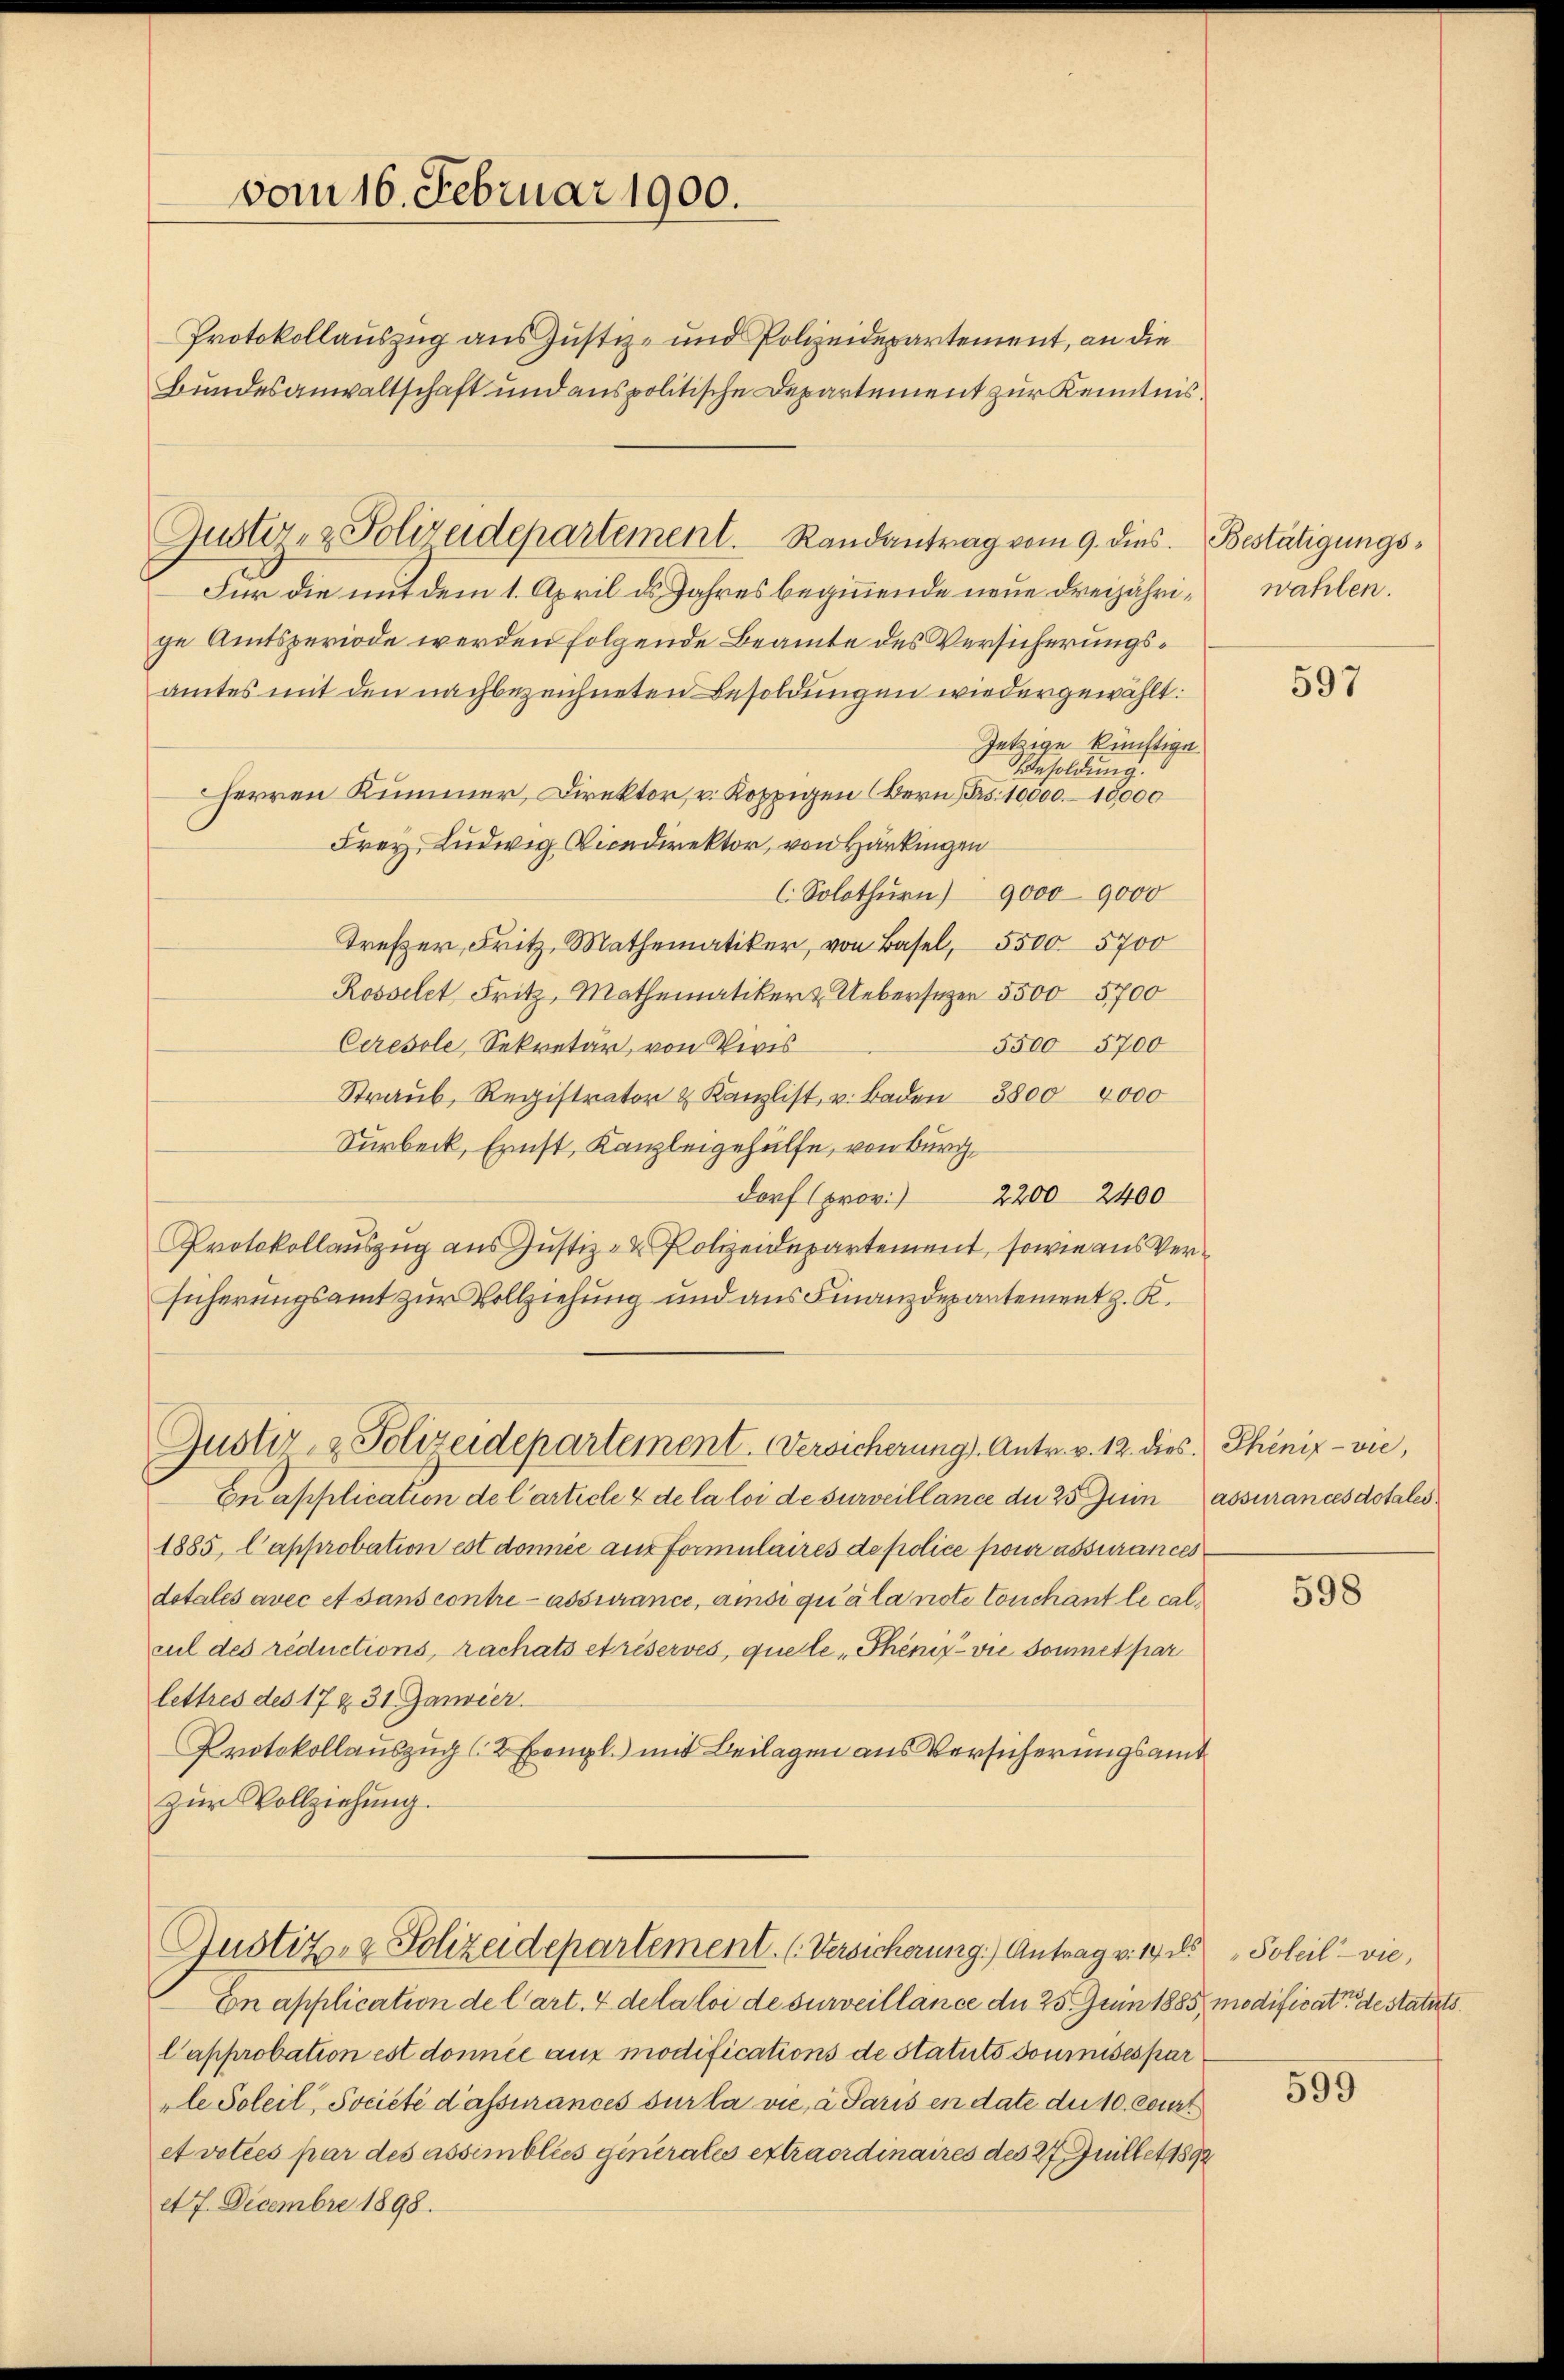
vom 16. Februar 1900.
Protokollauszug aus Justiz- und Polizeidepartement, an die
Bundesanwaltschaft und aus politische Departement zur Kenntnis¬

Für die mit dem 1. April es Jahres beginnende neue dreijährige Amtsperiode werden folgende Beamte des Versicherungsamtes mit den nachbezeichneten Besoldungen wiedergewählt:
Jetzige künftige
Besoldung.
Herren Kummer, Direktor, u. Koppigen (Bern Frs. 10000–15000
Frey, Ludwig Vicedirektor, von Harkingen
C. Solothurn) 9,000 9000
Trezer, Fritz, Mathematiker, von Basel, 5500 5700
Rosselet Fritz, Mathematiker & Uebersezen 5500 5700
5500 5700
Ceresole, Sekretär, von Viris
Straŭb, Registrator & Kanzlist, u. Baden 3800 0000
Surbeck, Ernst, Kanzleigehülfe, von Burg
dorf (prov. 22002400
Protokollauszug aus Justiz- & Polizeidepartement, sowie aus Versicherungsamt zur Vollziehung und aus Finanzdepartement z. K.
Justiz- & Polizeidepartement. Versicherung). Antr. v. 12. dies Phöniz - vie,
Cnapplication de l’article 4 de la loi de surveillance du 25 Juin assurances dotales
1885, l’approbation est donnée ausformulaires de police pour assurances
dotales avec et sans contre assurance, ansi quala note Conchant le calsul des réductions, rachats et réservés, quete Phöniz - vie Sonnet par
lettres des 17 & 31 Janvier
Protokollauszug (2 Exempl.) mit Beilagen aus Versicherungsamt
zŭr Vollziehung.
Justiz- & Polizeidepartement. (Versicherung) Antrag v. 14 d
En application de l’art. 4 de la loi de surveillance du 25. Juin 1885, modificat destatuts.
l’approbation est donnée aus modifications de Statuts soumises par
le Soleil, Societé d’assurances sur la vie, a Paris en date die 10, Court
et voties par des assimblics generales extraordinaires des 27 eillet 1892
et 7. Decembre 1898.

Gustiz- & Polizeidepartement. Randantrag vom 9. dies. Bestätigungs¬

wahlen.

597

598

Soleil-vie,

599